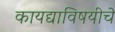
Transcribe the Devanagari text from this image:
कायद्याविषयीचे